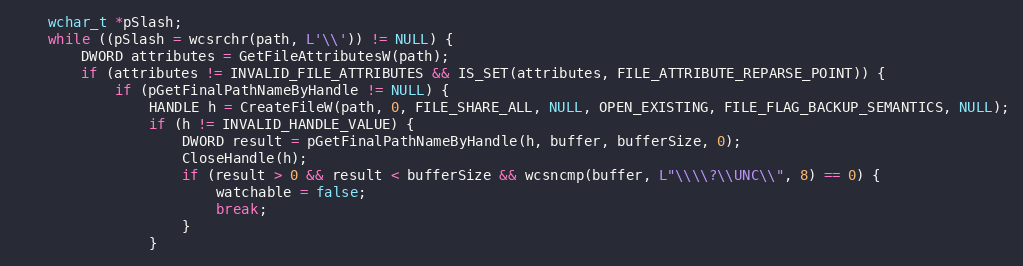
Language: C
    wchar_t *pSlash;
    while ((pSlash = wcsrchr(path, L'\\')) != NULL) {
        DWORD attributes = GetFileAttributesW(path);
        if (attributes != INVALID_FILE_ATTRIBUTES && IS_SET(attributes, FILE_ATTRIBUTE_REPARSE_POINT)) {
            if (pGetFinalPathNameByHandle != NULL) {
                HANDLE h = CreateFileW(path, 0, FILE_SHARE_ALL, NULL, OPEN_EXISTING, FILE_FLAG_BACKUP_SEMANTICS, NULL);
                if (h != INVALID_HANDLE_VALUE) {
                    DWORD result = pGetFinalPathNameByHandle(h, buffer, bufferSize, 0);
                    CloseHandle(h);
                    if (result > 0 && result < bufferSize && wcsncmp(buffer, L"\\\\?\\UNC\\", 8) == 0) {
                        watchable = false;
                        break;
                    }
                }